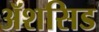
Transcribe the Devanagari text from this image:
ॲशसिड